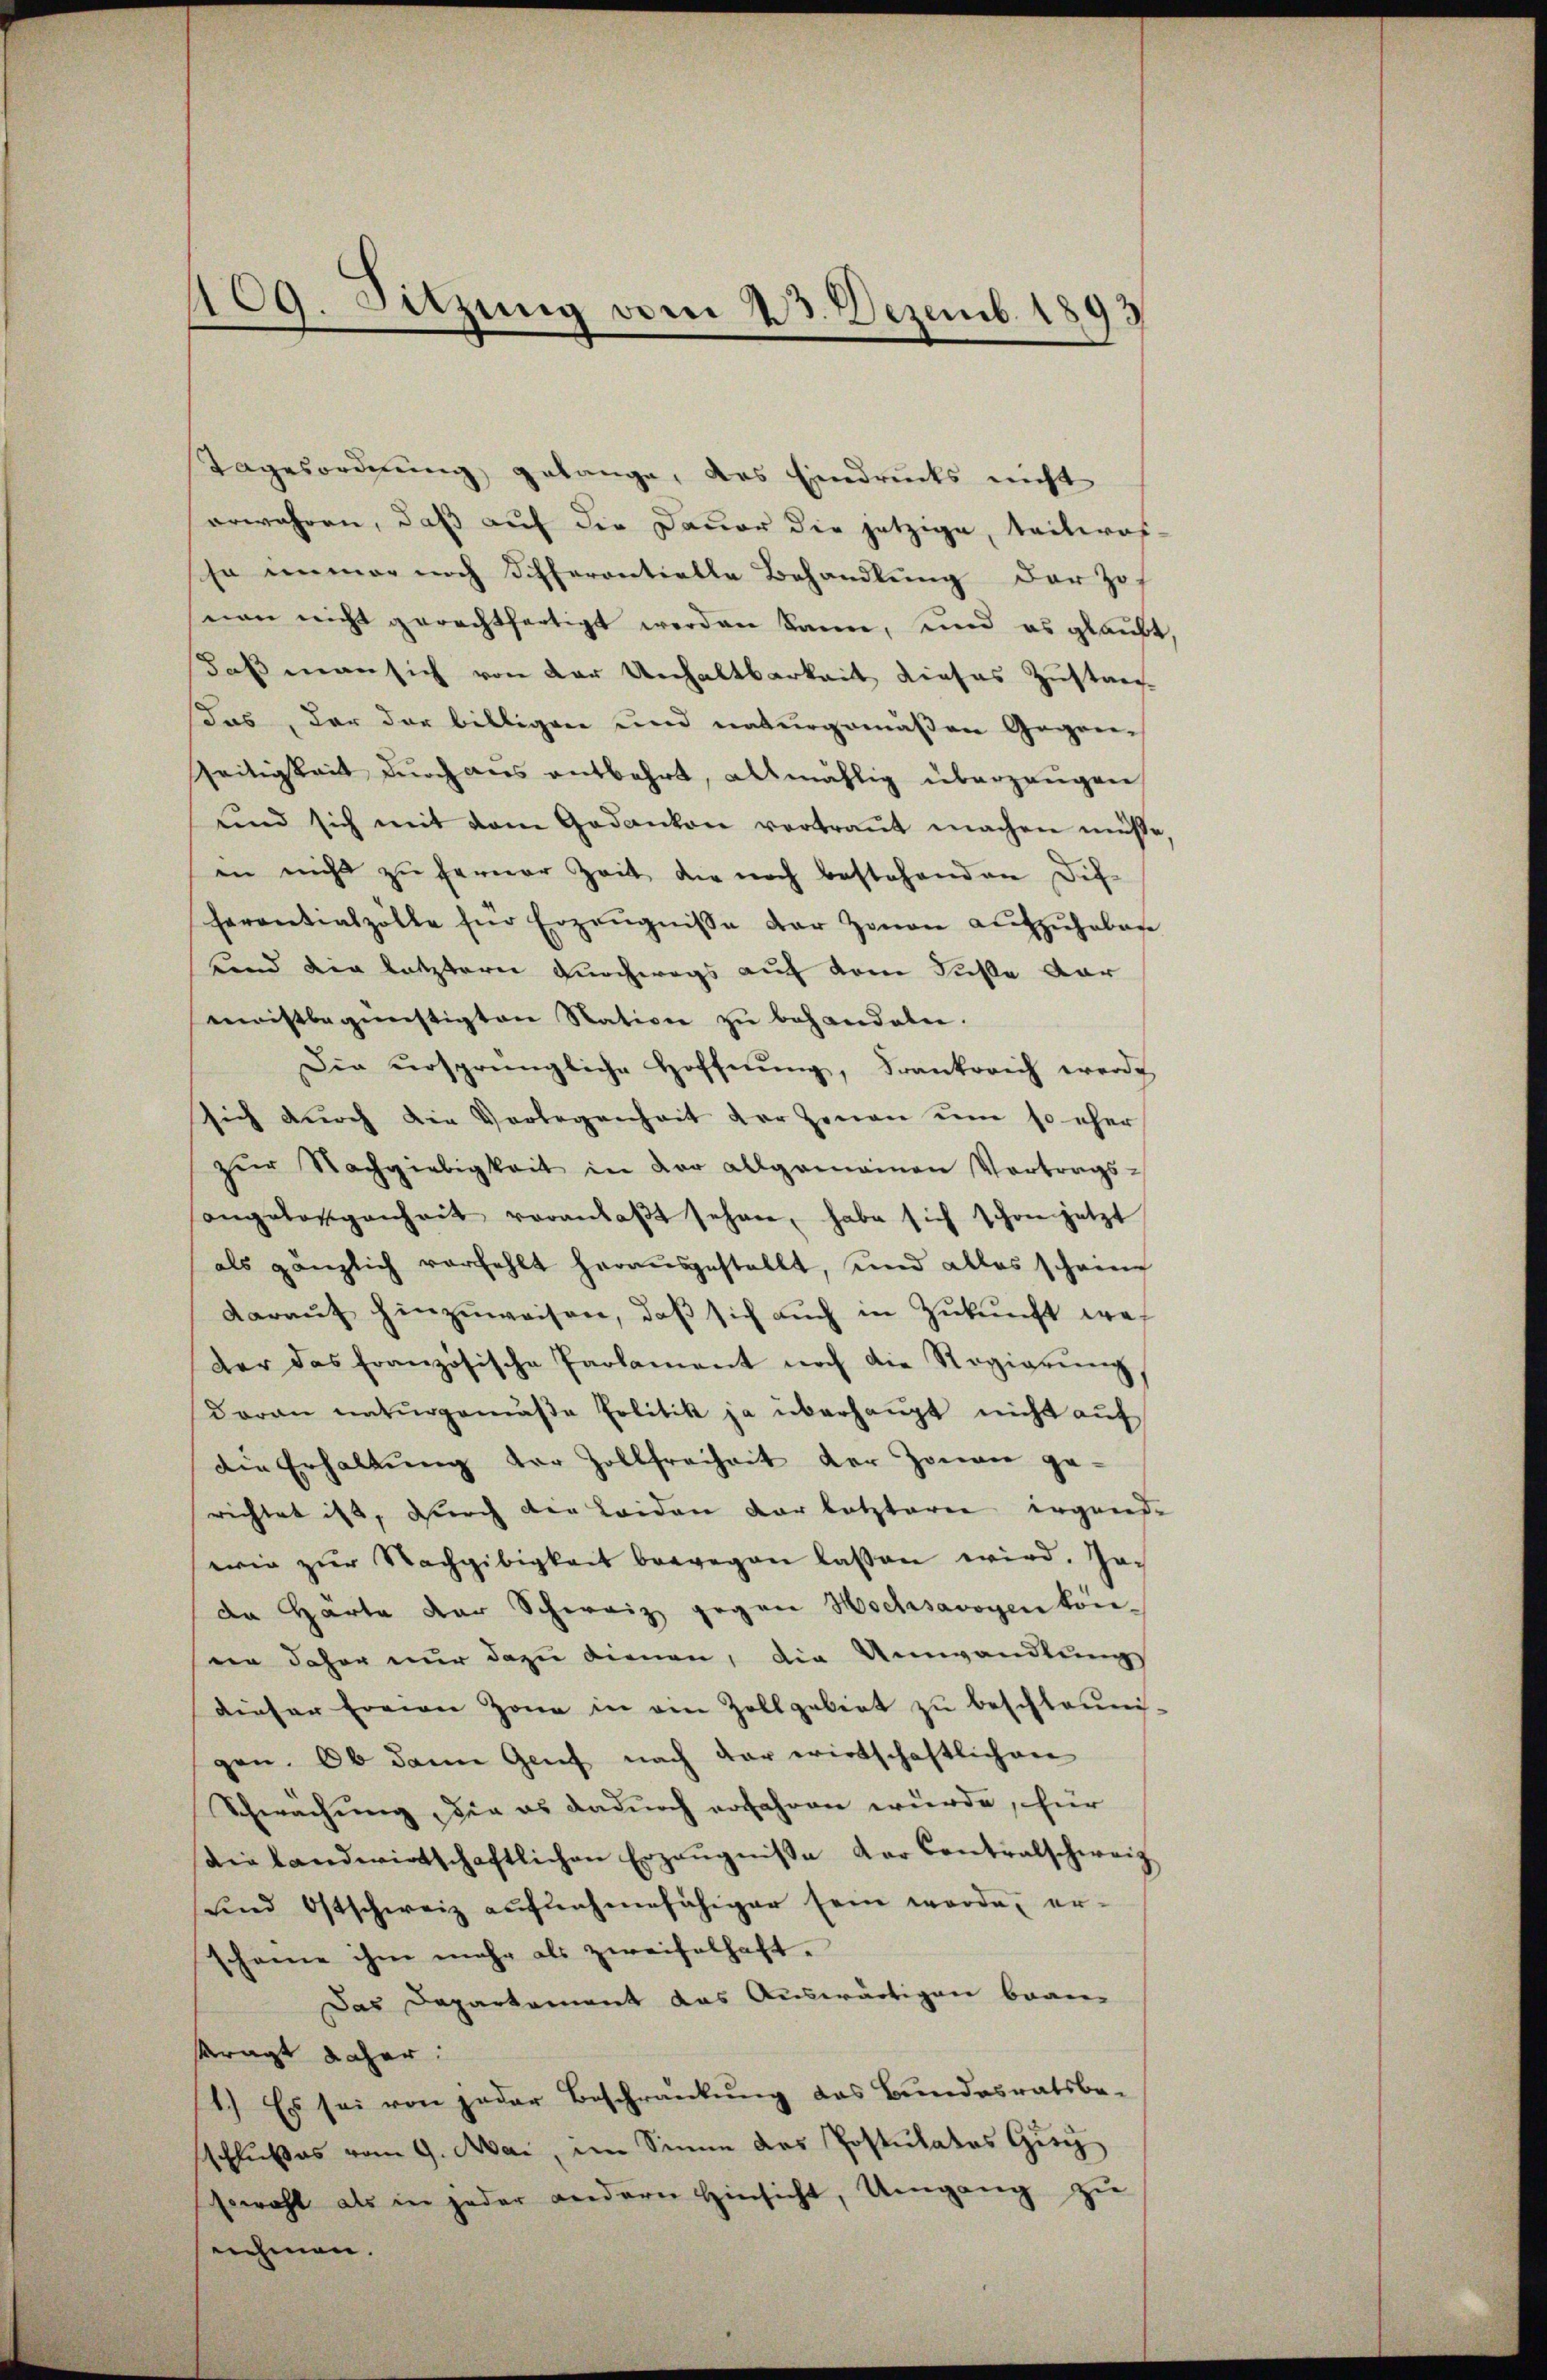
Tagesordnung gelange, das Eindrucks nicht
erwahren, daß auf die Dauer die jetzige, teilwos-
so immer noch Sifferontielle Behandlung der Zof
nen nicht gerechtfertigt werden kann, und es glaubt
daß man sich von der Unhaltbarkeit dieses Zustanz
Das, der der billigen und naturgemäßen Gegen¬
Zeitigkeit durch aus entbehrt, allmählig überzeugen
und sich mit dem Gedanken vertraut machen müsse
in nicht zu ferner Zeit die noch bestehenden Dis-
herantialzölle für Erzeŭgnisse der Zonen aŭfzŭheben
Land die letztern durchwegs auf dem Fuße dar
meistbegünstigten Nation zŭ behandeln.
Die ursprüngliche Hoffnung, Frankreich werde
sich dŭrch die Vorlegenheit der Zenen um so eher
zŭr Nachgiebigkeit in der allgemeinen Vortrags-
angeforgenheit veranlaβt sehen, habe sich schon jetzt
als gänzlich verfehlt herausgestellt, und alles scheine
darauf hinzuweisen, daß sich auch in Zukunft wes
der das französische Parlament noch die Regierŭng,
daran naturgemäβe Politik ja überhaupt nicht aŭf
die Erhaltŭng der Zollfreiheit der Zonen ge-
richtet ist, durch die Leiden der letzteren irgende
wie zŭr Nachgibigkeit bewegen lassen wird. Jac
da Härte der Schweiz gegen Hochsavoyen kön-
een daher nur dazu dienen, die Umwandlungs
dieser freien Zone in ein Zollgebiet zu beschleuni-
gen. Ob dann Genf nach dar wirtschaftlichen
Schwachung, die es dadurch erfahren wurde, für
dielandwirtschaftlichen Erzeŭgnisse der Contralschweiz
ŭnd Ostschweiz aŭfnahmefähiger sein werde, er-
scheine ihm mehr als zweifelhaft.
Das Departement das Auswärtigen baanfragt daher:
1.) Es sei von jeder Beschränkung das Bundesratsbe-
schlußes vom 9. Mai, im Sinne das Postulatos Giey
sowohl als in jeder andern hinsicht, Umgang zŭ
nehmen.

109. Sitzung vom 23. Dezemb. 1893